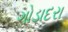
ગોડાદરા